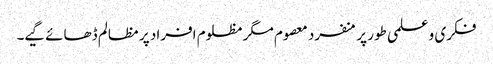
فکری و علمی طور پر منفرد معصوم مگر مظلوم افراد پر مظالم ڈھائے گیے۔